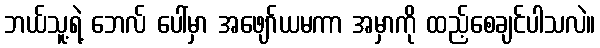
ဘယ်သူ့ရဲ့ ဘေလ် ပေါ်မှာ အဖျော်ယမကာ အမှာကို ထည့်စေချင်ပါသလဲ။